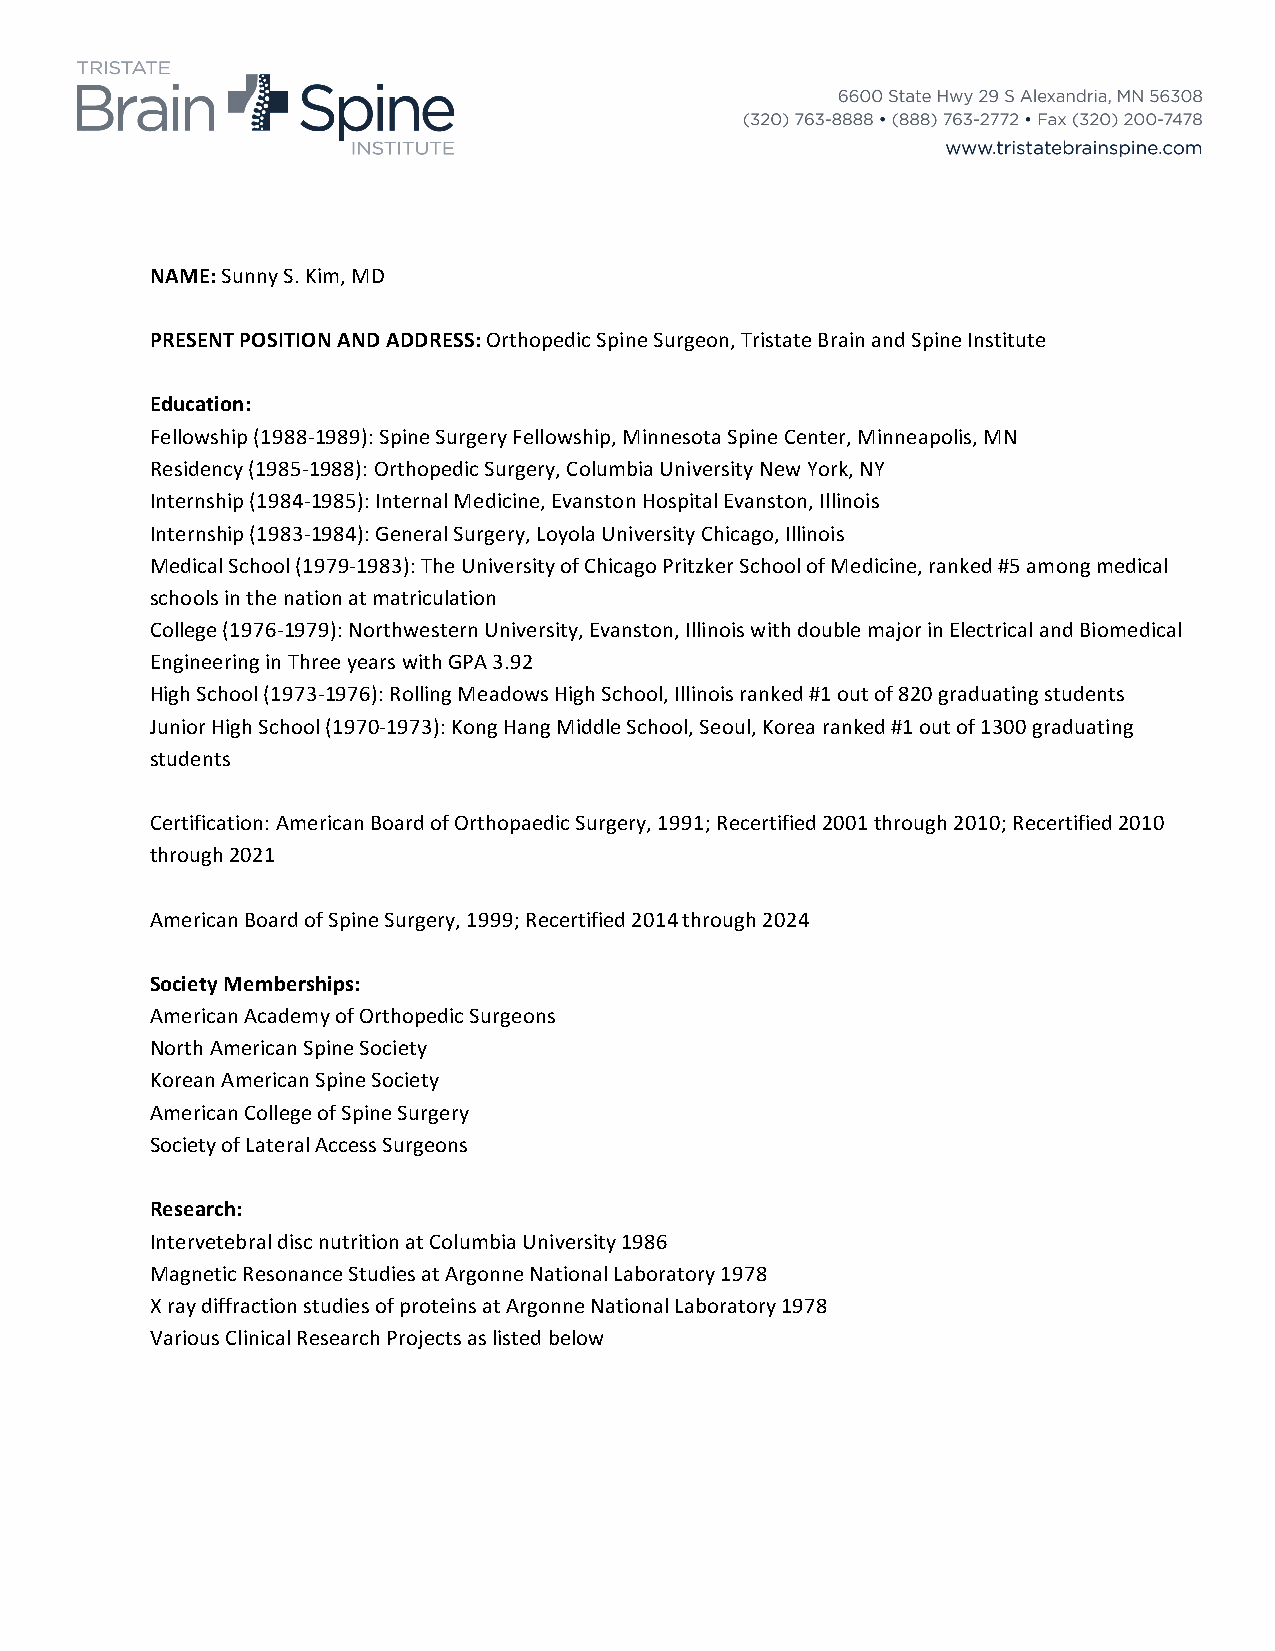
NAME: Sunny S. Kim, MD
 PRESENT POSITION AND ADDRESS: Orthopedic Spine Surgeon, Tristate Brain and Spine Institute
 Education:
 Fellowship (1988-­‐1989): Spine Surgery Fellowship, Minnesota Spine Center, Minneapolis, MN
 Residency (1985-­‐1988): Orthopedic Surgery, Columbia University New York, NY
 Internship (1984-­‐1985): Internal Medicine, Evanston Hospital Evanston, Illinois
 Internship (1983-­‐1984): General Surgery, Loyola University Chicago, Illinois
 Medical School (1979-­‐1983): The University of Chicago Pritzker School of Medicine, ranked #5 among medical
 schools in the nation at matriculation
 College (1976-­‐1979): Northwestern University, Evanston, Illinois with double major in Electrical and Biomedical
 Engineering in Three years with GPA 3.92
 High School (1973-­‐1976): Rolling Meadows High School, Illinois ranked #1 out of 820 graduating students
 Junior High School (1970-­‐1973): Kong Hang Middle School, Seoul, Korea ranked #1 out of 1300 graduating
 students
 Certification: American Board of Orthopaedic Surgery, 1991; Recertified 2001 through 2010; Recertified 2010
 through 2021
 American Board of Spine Surgery, 1999; Recertified 2014 through 2024
 Society Memberships:
 American Academy of Orthopedic Surgeons
 North American Spine Society
 Korean American Spine Society
 American College of Spine Surgery
 Society of Lateral Access Surgeons
 Research:
 Intervetebral disc nutrition at Columbia University 1986
 Magnetic Resonance Studies at Argonne National Laboratory 1978
 X ray diffraction studies of proteins at Argonne National Laboratory 1978
 Various Clinical Research Projects as listed below